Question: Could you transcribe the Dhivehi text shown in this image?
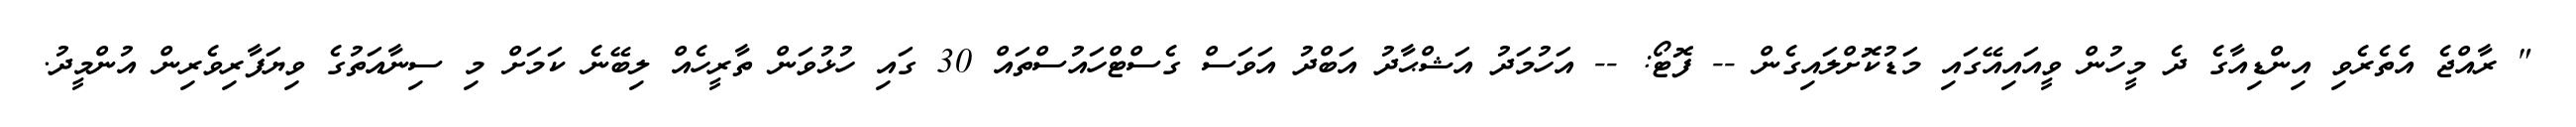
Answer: " ރާއްޖެ އެތެރެވި އިންޑިއާގެ ދެ މީހުން ވީއައިއޭގައި މަޑުކޮށްލައިގެން -- ފޮޓޯ: -- އަހުމަދު އަޝްޙާދު އަބްދު އަވަސް ގެސްޓްހައުސްތައް 30 ގައި ހުޅުވަން ތާރީހެއް ލިބޭނެ ކަމަށް މި ސިނާއަތުގެ ވިޔަފާރިވެރިން އުންމީދު.